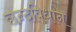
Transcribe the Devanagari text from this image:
छन्दविधान